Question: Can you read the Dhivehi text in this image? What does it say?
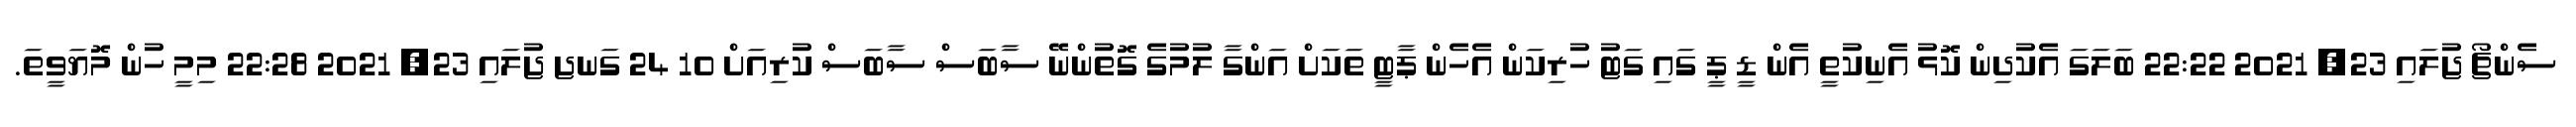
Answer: ސެންޗޯ ޖުލައި 23, 2021 22:22 ބަލަގަ އެކުދިން ކޮޅު އެނިކުތީ އެން ޑީ ޕީ ގައި ގަޓު ހުރިކަން އެހެން ޕާޓީ ތަކަށް އަންގާ ލުމުގެ ގޮތުންނޭ ސާބަސް ސާބަސް ކުރިއަށް 10 24 ގަނޖ ޖުލައި 23, 2021 22:28 މިމީ ހުން މޮޔަވީތަ.